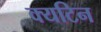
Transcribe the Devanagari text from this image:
क्यटिन